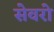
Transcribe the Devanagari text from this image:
सेवरो